Vaccination report Assam 1874-1896 - 1874-1896
Year: 1874
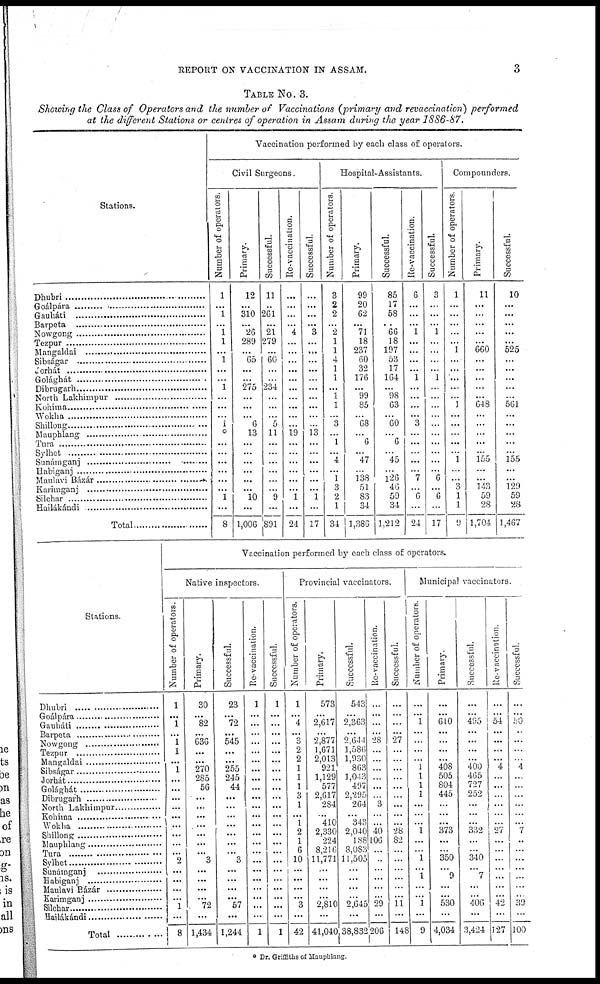
REPORT ON VACCINATION IN ASSAM.
3
TABLE No. 3.
Showing the Class of Operators and the number of Vaccinations (primary and revaccination) performed
at the different Stations or centres of operation in Assam during the year 1886-87.
Stations.
Dubri................................
Goálpára................................
Gauháti................................
Barpeta................................
Nowgong................................
Tezpur................................
Mangaldai................................
Sibságar................................
Jorhát................................
Golághát................................
Dibrugarh................................
North Lakhimpur
Kohima................................
Wokha................................
Shillong................................
Mauphlang................................
Tura................................
Sylhet................................
Sunámganj................................
Habiganj................................
Maulavi
Bázár................................
Karimganj................................
Silchar................................
Hailákándi................................
Total................................
Vaccination performed by each class of operators.
Civil Surgeons.
Number of operators.
1
...
1
...
1
1
...
1
...
...
1
...
...
...
1
0
...
...
...
...
...
...
1
...
8
Primary.
12
...
310
...
26
289
...
65
...
...
275
...
...
...
6
13
...
...
...
...
...
...
10
...
1,006
Successful.
11
..
261
...
21
279
...
60
...
...
234
...
...
...
5
11
...
...
...
...
...
...
9
...
891
Re-vaccination.
...
...
...
...
4
...
...
...
...
...
...
...
...
...
...
19
...
...
...
...
...
...
1
...
24
Successful.
...
...
...
...
3
...
...
...
...
...
...
...
...
...
.
13
...
...
...
...
...
...
1
...
17
Hospital-Assistants.
Number of operators.
3
2
2
...
2
1
1
4
1
1
...
1
1
...
3
...
1
...
4
...
1
3
2
1
34
Primary.
90
20
62
...
71
18
237
60
32
176
...
99
85
...
68
...
6
...
47
...
138
51
83
34
1,386
Successful.
85
17
58
..
66
18
197
53
17
164
...
98
63
...
60
...
6
...
45
...
126
46
59
34
1,212
Re-vaccination.
6
...
...
...
1
...
...
...
...
1
...
...
...
...
3
...
...
...
...
...
7
...
6
...
24
Successful.
3
...
...
...
1
...
...
...
...
1
...
...
...
...
...
...
...
...
...
...
6
...
6
...
17
Compounders.
Number of operators.
1
...
...
...
...
...
1
...
...
...
...
...
1
...
...
...
...
...
1
...
...
3
1
1
9
Primary.
11
...
...
...
...
...
660
...
...
...
...
...
648
...
...
...
...
..
155
...
...
143
59
28
1,704
Successful.
10
...
...
...
...
...
525
...
...
...
...
. .
561
...
...
...
...
...
155
...
...
129
59
28
1,467
Stations.
Dhubri........................
Goálpára
Gauháti........................
Barpeta
Nowgong........................
Tezpur........................
Mangaldai
Sibságar........................
Jorhát........................
Golághát........................
Dibrugarh........................
North Lakhimpur
Kohmna
Wokha
Shillong........................
Mauphlang
Tura
Sylhet........................
Sunámganj
Habiganj
Maulavi Bázár
Karimganj
Silchar........................
Hailákándi
Total..........
Vaccination performed by each class of operators.
Native inspectors.
Number of operators.
1
...
1
...
1
1
...
1
...
...
...
...
...
...
...
...
...
2
...
...
...
...
1
...
8
Primary.
30
...
82
...
636
...
...
270
285
56
...
...
...
...
...
...
...
3
...
...
...
...
72
...
1,434
Successful.
23
...
72
...
545
...
...
255
245
44
...
...
...
...
...
...
...
3
...
...
...
...
57
...
1,244
Re-vaccination.
1
...
...
...
...
...
...
...
...
...
...
...
...
...
...
...
...
...
...
...
...
...
...
...
1
Successful.
1
...
...
...
...
...
...
...
...
...
...
...
...
...
...
...
...
...
...
...
...
...
...
...
1
Provincial vaccinators.
Number of operators.
1
...
4
...
3
2
2
1
1
1
3
1
...
1
2
1
6
10
...
...
...
...
6
...
42
Primary.
573
...
2,617
...
2,877
1,671
2,013
921
1,129
577
2,617
284
...
410
2,330
224
8,216
11,771
...
...
...
...
2,810
...
41,040
Successful.
543
...
2,363
...
2,644
1,586
1,930
863
1,013
497
2,295
264
...
343
2,040
188
8,083
11,505
...
...
...
...
2,645
...
38,832
Re-vaccination.
...
...
...
...
28
...
...
...
...
...
...
3
...
...
40
106
...
..
...
...
...
...
29
...
206
Successful.
...
...
...
...
27
...
...
...
...
...
...
...
...
...
28
82
...
...
...
...
...
...
11
...
148
Municipal vaccinators.
Number of operators
...
...
1
...
...
...
...
1
1
1
1
...
...
...
1
...
...
1
...
1
...
...
1
...
9
Primary.
...
...
610
...
...
...
...
408
505
804
445
...
...
...
373
...
...
350
...
9
...
...
530
...
4,034
Successful.
...
...
495
...
...
...
...
400
465
727
252
...
...
...
332
...
...
340
...
7
...
...
406
...
3,424
Re-vaccination.
...
...
54
...
...
...
...
4
...
...
...
...
...
...
27
...
...
...
...
...
...
...
42
...
127
Successful
...
...
50
..
...
...
...
4
...
...
...
...
...
...
7
..
...
...
...
...
...
39
...
100
* Dr. Griffiths of Mauphlang